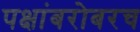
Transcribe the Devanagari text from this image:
पक्षांबरोबरच